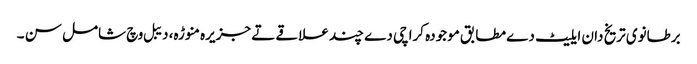
برطانوی تریخ دان ایلیٹ دے مطابق موجودہ کراچی دے چند علاقے تے جزیرہ منوڑہ، دیبل وچ شامل سن ۔